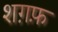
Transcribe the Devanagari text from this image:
शग़फ़